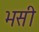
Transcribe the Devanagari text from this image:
भसी